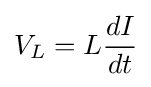
V_{L}=L{\frac {dI}{dt}}